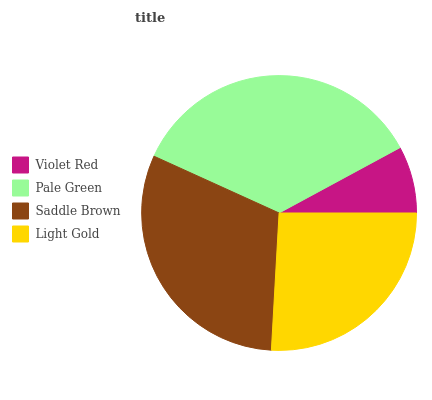
| Violet Red | Pale Green | Saddle Brown | Light Gold |
 | --- | --- | --- | --- |
 | 7.89% | 35.3% | 30.9% | 25.9% |